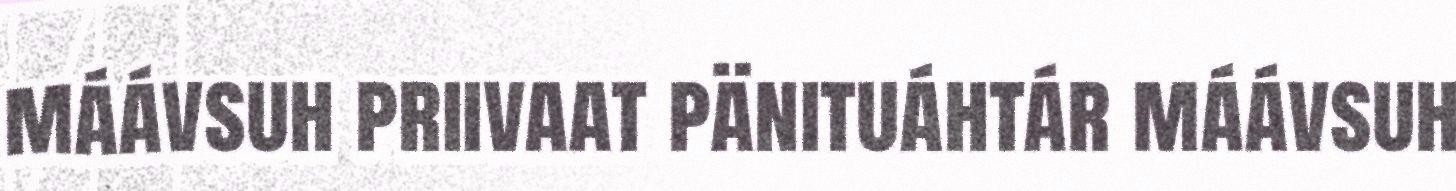
máávsuh priivaat pänituáhtár máávsuh